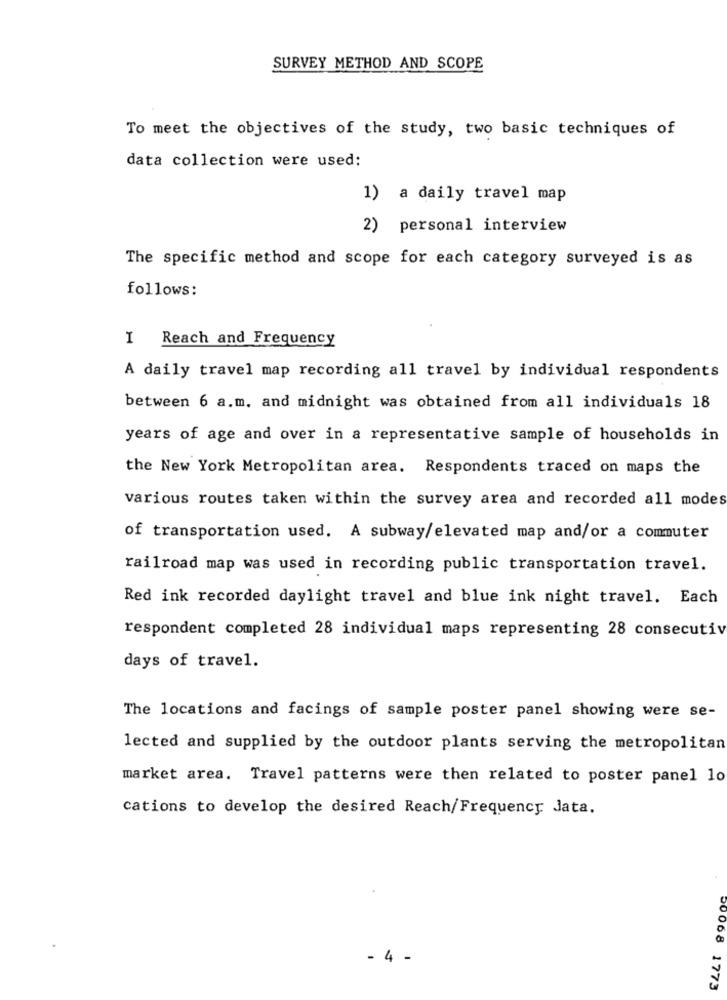
SURVEY METHOD AND SCOPE
To meet the objectives of the study, two basic techniques of
data collection were used:
1) a daily travel map
2) personal interview
The specific method and scope for each category surveyed is as
follows:
I Reach and Frequency
A daily travel map recording all travel by individual respondents
between 6 a.m. and midnight was obtained from all individuals 18
years of age and over in a representative sample of households in
the New York Metropolitan area. Respondents traced on maps the
various routes taken within the survey area and recorded all modes
of transportation used. A subway/elevated map and/or a commuter
railroad map was used in recording public transportation travel.
Red ink recorded daylight travel and blue ink night travel. Each
respondent completed 28 individual maps representing 28 consecutive
days of travel.
The locations and facings of sample poster panel showing were se-
lected and supplied by the outdoor plants serving the metropolitan
market area. Travel patterns were then related to poster panel lo
cations to develop the desired Reach/Frequency Jata.
- 4 -
00068 1773